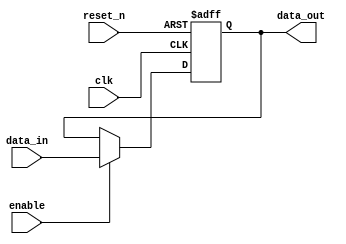
module parameterized_register #(
    parameter WIDTH = 8  // Parameter for width of the register
)(
    input wire clk,        // Clock input
    input wire reset_n,    // Active low asynchronous reset
    input wire enable,      // Enable signal for updating the register
    input wire [WIDTH-1:0] data_in, // Data input
    output reg [WIDTH-1:0] data_out  // Data output
);

    // Always block for synchronous operation
    always @(posedge clk or negedge reset_n) begin
        if (!reset_n) begin
            data_out <= {WIDTH{1'b0}}; // Reset the register to zero
        end else if (enable) begin
            data_out <= data_in; // Update the register with input data
        end
    end

endmodule